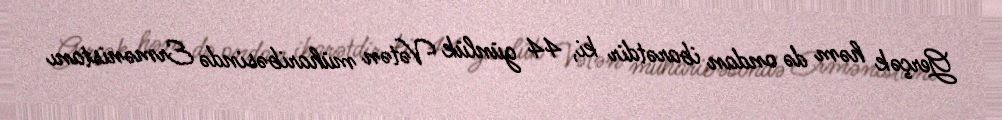
Gerçək həm də ondan ibarətdir ki, 44 günlük Vətən müharibəsində Ermənistanı